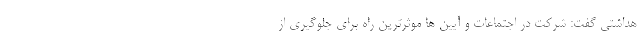
هداشتی گفت: شرکت در اجتماعات و آیین ها موثرترین راه برای جلوگیری از